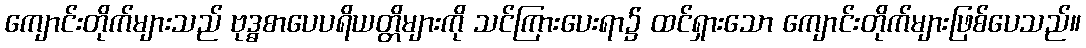
ကျောင်းတိုက်များသည် ဗုဒ္ဓစာပေပရိယတ္တိများကို သင်ကြားပေးရာ၌ ထင်ရှားသော ကျောင်းတိုက်များဖြစ်ပေသည်။